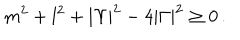
m ^ { 2 } + l ^ { 2 } + | \Upsilon | ^ { 2 } - 4 | \Gamma | ^ { 2 } \geq 0 \, .